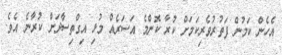
އެހެން ކަމުން ފަތުރުވެރިކަމަށް ކުރާ ކޮންމެ އަސަރެއް މުޅި އިގްތިސާދަށް ކުރާނެ އެވެ.